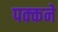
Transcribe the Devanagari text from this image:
पक्कने